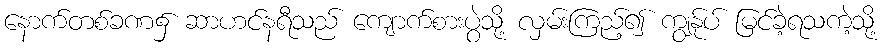
နောက်တစ်ခဏ၌ ဆာဟင်နရီသည် ကျောက်စားပွဲသို့ လှမ်းကြည့်၍ ကျွန်ုပ် မြင်ခဲ့ရသကဲ့သို့